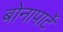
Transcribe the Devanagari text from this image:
बोनापार्टे